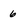
Character: 6